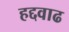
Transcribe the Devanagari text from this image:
हद्दवाढ